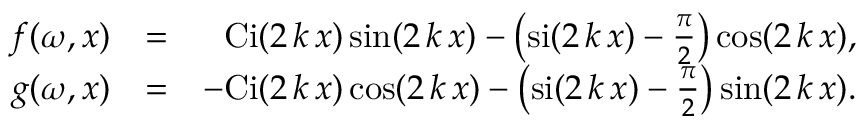
\begin{array} { r l r } { f ( \omega , x ) } & { = } & { \mathrm { C i } ( 2 \, k \, x ) \sin ( 2 \, k \, x ) - \left( \mathrm { s i } ( 2 \, k \, x ) - \frac { \pi } { 2 } \right) \cos ( 2 \, k \, x ) , } \\ { g ( \omega , x ) } & { = } & { \mathrm { - C i } ( 2 \, k \, x ) \cos ( 2 \, k \, x ) - \left( \mathrm { s i } ( 2 \, k \, x ) - \frac { \pi } { 2 } \right) \sin ( 2 \, k \, x ) . } \end{array}